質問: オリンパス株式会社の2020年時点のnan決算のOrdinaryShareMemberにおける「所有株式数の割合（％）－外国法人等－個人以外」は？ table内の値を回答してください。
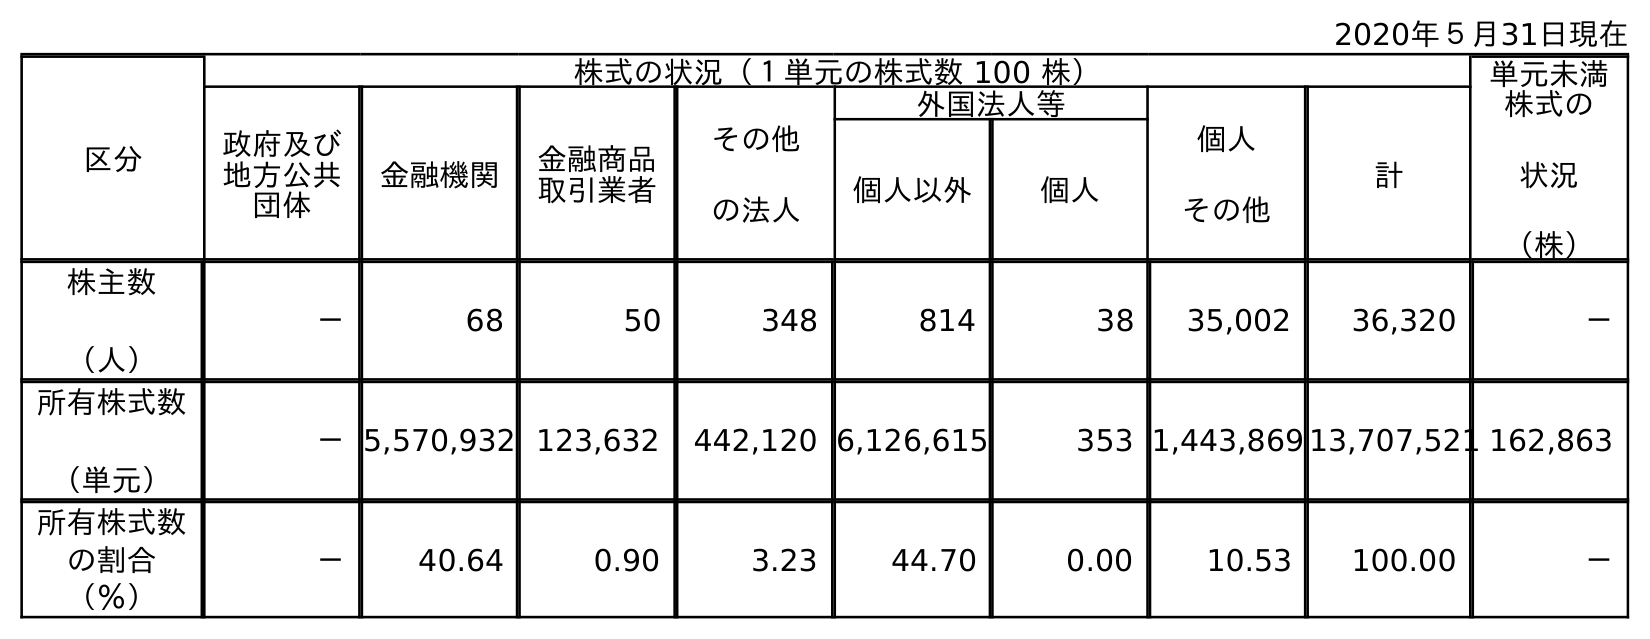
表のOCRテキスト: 2020年５月31日現在 区分 株式の状況（１単元の株式数 100 株） 単元未満 株式の 状況 （株） 政府及び 地方公共 団体 金融機関 金融商品 取引業者 その他 の法人 外国法人等 個人 その他 計 個人以外 個人 株主数 （人） － 68 50 348 814 38 35,002 36,320 － 所有株式数 （単元） －5,570,932 123,632 442,120 6,126,615 353 1,443,869 13,707,521 162,863 所有株式数 の割合 （％） － 40.64 0.90 3.23 44.70 0.00 10.53 100.00 －
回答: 44.70